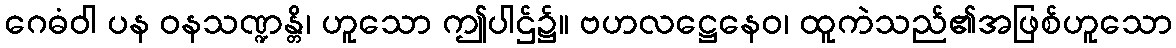
ဂေဓံဝါ ပန ဝနသဏ္ဍန္တိ၊ ဟူသော ဤပါဌ်၌။ ဗဟလဋ္ဌေနေဝ၊ ထူကဲသည်၏အဖြစ်ဟူသော